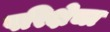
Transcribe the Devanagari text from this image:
परिक्षेचा